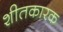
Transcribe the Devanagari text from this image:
शीतकारक